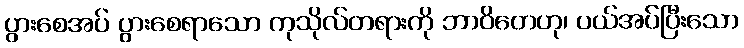
ပွားစေအပ် ပွားစေရာသော ကုသိုလ်တရားကို ဘာဝိတေဟု၊ ပယ်အပ်ပြီးသော